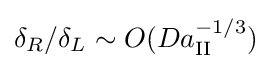
\delta _{R}/\delta _{L}\sim O(Da_{\mathrm {II} }^{-1/3})